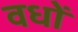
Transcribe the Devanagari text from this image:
वधों